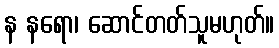
န နရော၊ ဆောင်တတ်သူမဟုတ်။